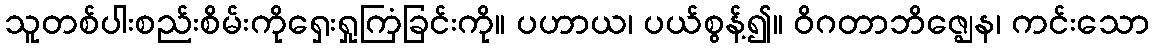
သူတစ်ပါးစည်းစိမ်းကိုရှေးရှုကြံခြင်းကို။ ပဟာယ၊ ပယ်စွန့်၍။ ဝိဂတာဘိဇ္ဈေန၊ ကင်းသော